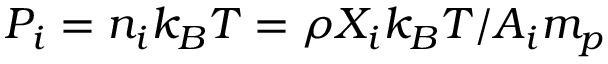
P _ { i } = n _ { i } k _ { B } T = \rho X _ { i } k _ { B } T / A _ { i } m _ { p }